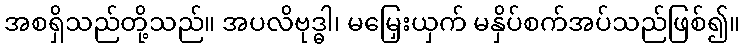
အစရှိသည်တို့သည်။ အပလိဗုဒ္ဓါ၊ မမြှေးယှက် မနှိပ်စက်အပ်သည်ဖြစ်၍။